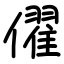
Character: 㒛